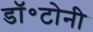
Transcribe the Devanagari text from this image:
डॉ॰टोनी